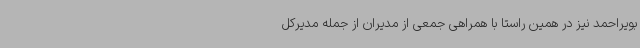
بویراحمد نیز در همین راستا با همراهی جمعی از مدیران از جمله مدیرکل